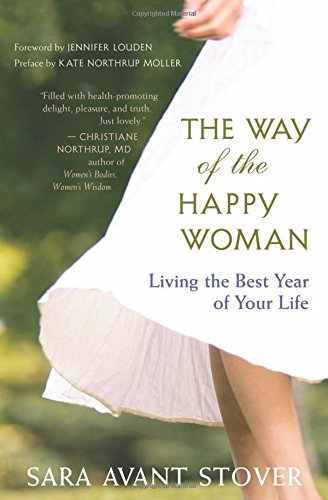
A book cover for The Way of the Happy Woman: Living the Best Year of Your Life; Sara Avant Stover; Health, Fitness & Dieting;